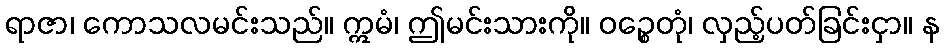
ရာဇာ၊ ကောသလမင်းသည်။ ဣမံ၊ ဤမင်းသားကို။ ဝဉ္စေတုံ၊ လှည့်ပတ်ခြင်းငှာ။ န